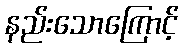
နည်းသောကြောင့်